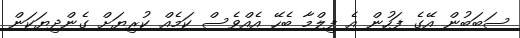
ސަބަބުން އޭގެ ފަހުން އެ ފިލްމާ ބެހޭ އެއްވެސް ކަމެއް ކުރިޔަށް ގެންދިޔަކަން